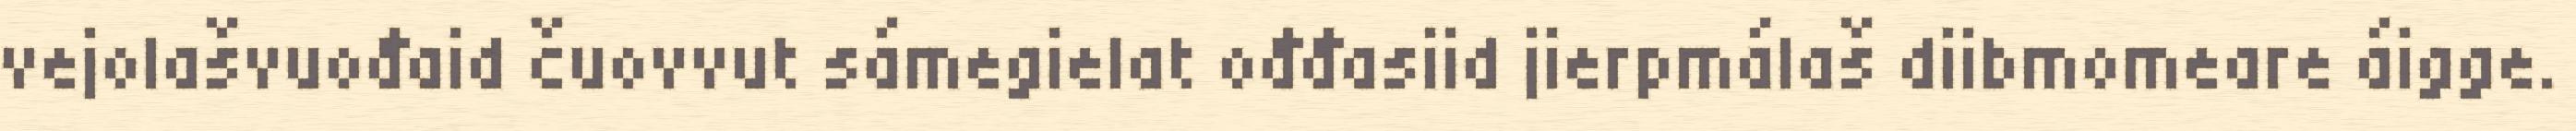
vejolašvuođaid čuovvut sámegielat ođđasiid jierpmálaš diibmomeare áigge.